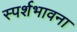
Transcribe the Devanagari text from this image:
स्पर्शभावना